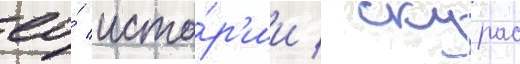
ео́ исто́р'ии / скурас